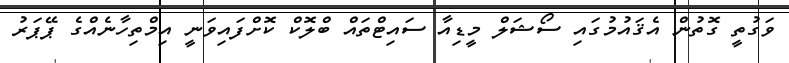
ވަގުތީ ގޮތުން އެޤައުމުގައި ސޯޝަލް މީޑިއާ ސައިޓްތައް ބްލޮކް ކޮށްފައިވަނީ އިމްތިހާނެއްގެ ޕޭޕަރު